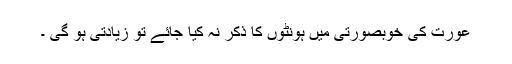
عورت کی خوبصورتی میں ہونٹوں کا ذکر نہ کیا جائے تو زیادتی ہو گی ۔